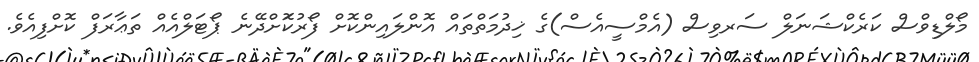
މޯލްޑިވްސް ކަރެކްޝަނަލް ސަރވިސް (އެމްސީއެސް)ގެ ޚިދުމަތްތައް އޮންލައިންކޮށް ފޯރުކޮަށްދޭނެ ޕޯޓަލްއެއް ތަޢާރަފް ކޮށްފިއެވެ.